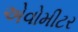
એવોમીટર